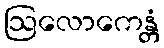
ဩလောကေန္တံ